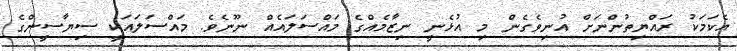
އެކަމަކު ރައްޔިތުންނަށް އުނިވެގެން މި އުޅެނީ ނިޒާމެއްގެ މައްސަލައެއް ނޫނެވެ. މައްސަލައަކީ ސިޔާސީންގެ